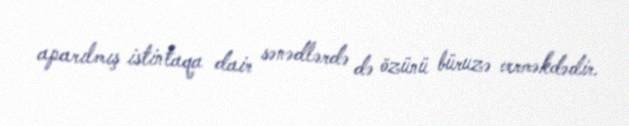
aparılmış istintaqa dair sənədlərdə də özünü büruzə verməkdədir.